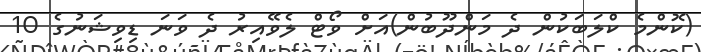
(ކޮންމެ ކްލަބަކުން ދެ މަންދޫބުން)އަށް ވޯޓް ލެވޭއިރު ދެ ވަނަ ޑިވިޝަނުގެ 10